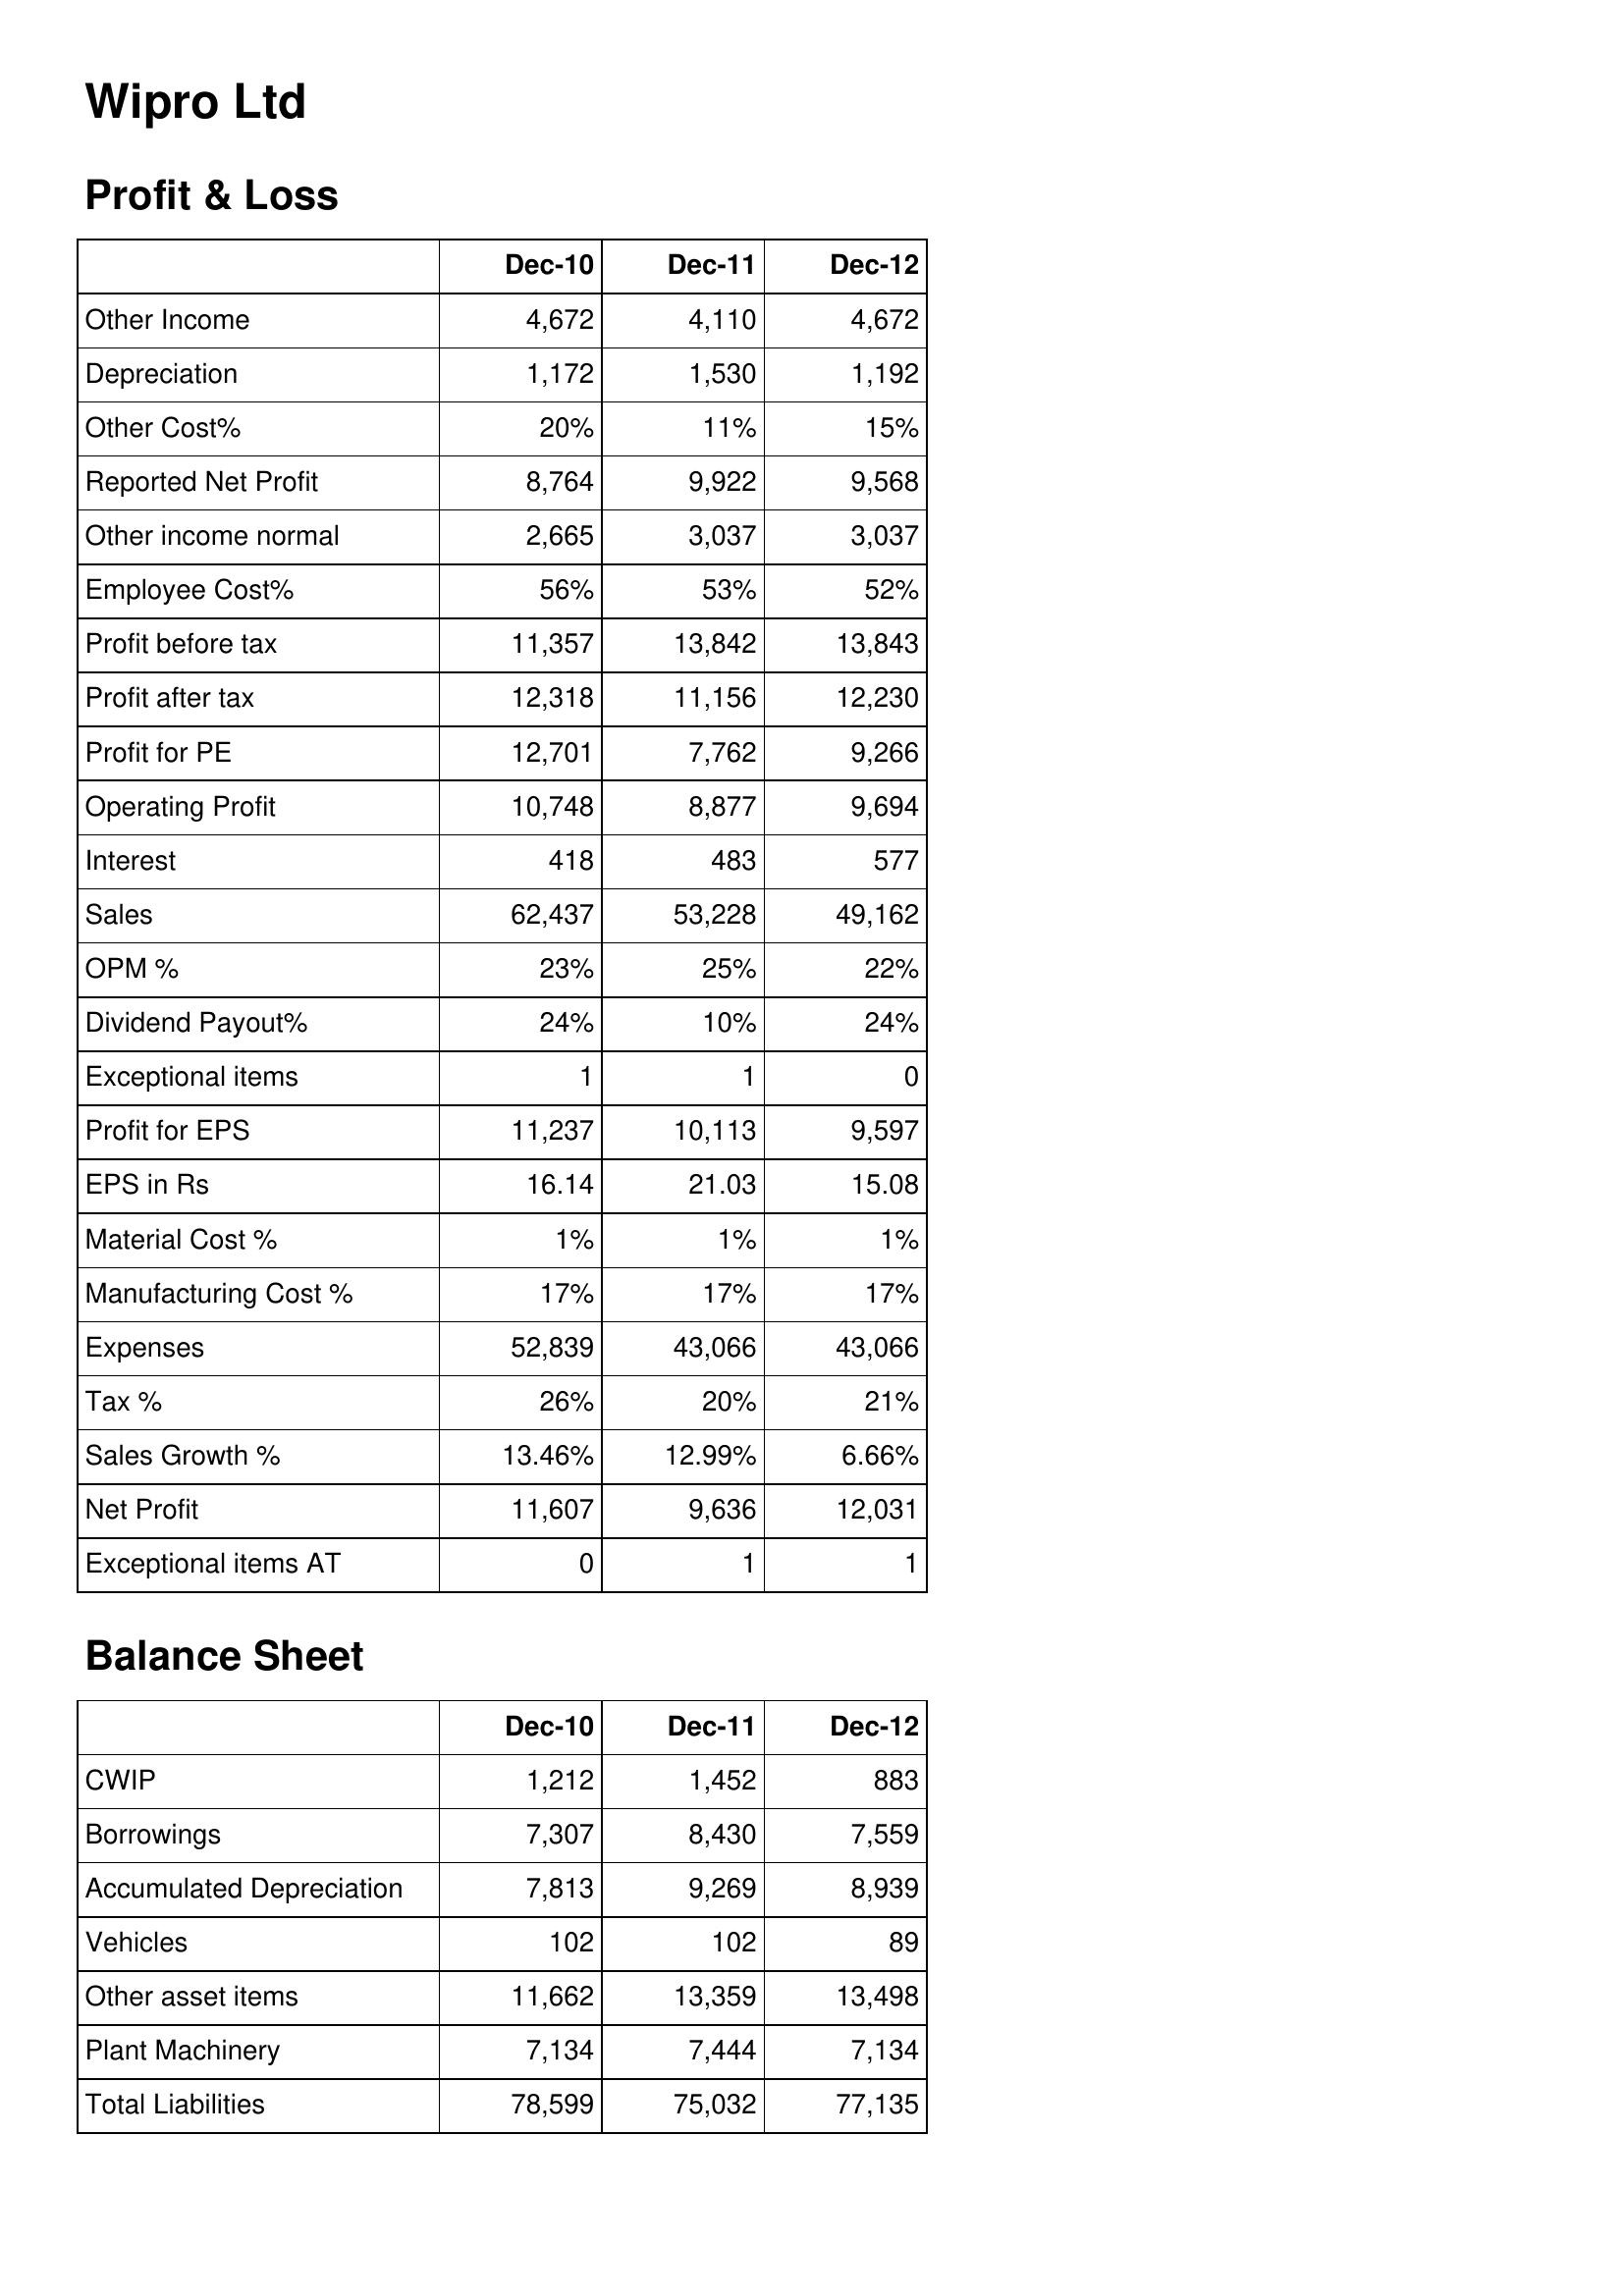
Dec-10: Profit & Loss: Other Income: 4,672
Depreciation: 1,172
Other Cost%: 20%
Reported Net Profit: 8,764
Other income normal: 2,665
Employee Cost%: 56%
Profit before tax: 11,357
Profit after tax: 12,318
Profit for PE: 12,701
Operating Profit: 10,748
Interest: 418
Sales: 62,437
OPM %: 23%
Dividend Payout%: 24%
Exceptional items: 1
Profit for EPS: 11,237
EPS in Rs: 16.14
Material Cost %: 1%
Manufacturing Cost %: 17%
Expenses: 52,839
Tax %: 26%
Sales Growth %: 13.46%
Net Profit: 11,607
Exceptional items AT: 0
Balance Sheet: CWIP: 1,212
Borrowings: 7,307
Accumulated Depreciation: 7,813
Vehicles: 102
Other asset items: 11,662
Plant Machinery: 7,134
Total Liabilities: 78,599
Dec-11: Profit & Loss: Other Income: 4,110
Depreciation: 1,530
Other Cost%: 11%
Reported Net Profit: 9,922
Other income normal: 3,037
Employee Cost%: 53%
Profit before tax: 13,842
Profit after tax: 11,156
Profit for PE: 7,762
Operating Profit: 8,877
Interest: 483
Sales: 53,228
OPM %: 25%
Dividend Payout%: 10%
Exceptional items: 1
Profit for EPS: 10,113
EPS in Rs: 21.03
Material Cost %: 1%
Manufacturing Cost %: 17%
Expenses: 43,066
Tax %: 20%
Sales Growth %: 12.99%
Net Profit: 9,636
Exceptional items AT: 1
Balance Sheet: CWIP: 1,452
Borrowings: 8,430
Accumulated Depreciation: 9,269
Vehicles: 102
Other asset items: 13,359
Plant Machinery: 7,444
Total Liabilities: 75,032
Dec-12: Profit & Loss: Other Income: 4,672
Depreciation: 1,192
Other Cost%: 15%
Reported Net Profit: 9,568
Other income normal: 3,037
Employee Cost%: 52%
Profit before tax: 13,843
Profit after tax: 12,230
Profit for PE: 9,266
Operating Profit: 9,694
Interest: 577
Sales: 49,162
OPM %: 22%
Dividend Payout%: 24%
Exceptional items: 0
Profit for EPS: 9,597
EPS in Rs: 15.08
Material Cost %: 1%
Manufacturing Cost %: 17%
Expenses: 43,066
Tax %: 21%
Sales Growth %: 6.66%
Net Profit: 12,031
Exceptional items AT: 1
Balance Sheet: CWIP: 883
Borrowings: 7,559
Accumulated Depreciation: 8,939
Vehicles: 89
Other asset items: 13,498
Plant Machinery: 7,134
Total Liabilities: 77,135